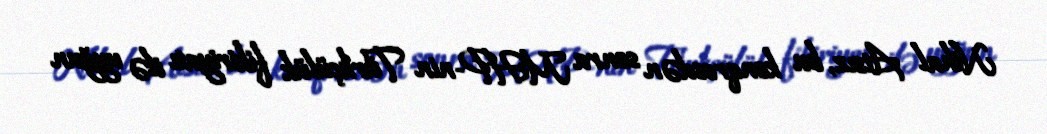
Nihal Atsız, bu konqresdən sonra MHP-nin Türkçülük fikiriyatı ilə uyğun